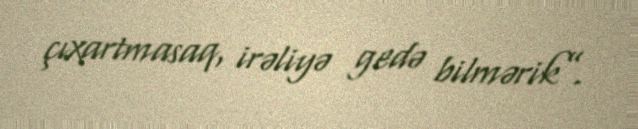
çıxartmasaq, irəliyə gedə bilmərik”.